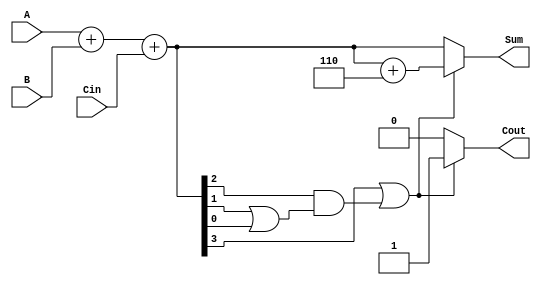
module BCD_Async_Adder (
    input [3:0] A,      // First BCD digit input
    input [3:0] B,      // Second BCD digit input
    input Cin,          // Carry input
    output reg [3:0] Sum, // BCD result of the addition
    output reg Cout      // Carry output
);

    wire [4:0] S; // 5-bit sum for A + B + Cin
    wire correction; // Signal to indicate if correction is needed

    // Compute the binary sum
    assign S = A + B + Cin;

    // Determine if correction is needed (S[3:0] > 9)
    assign correction = (S[3] || (S[2] && (S[1] || S[0])));

    always @(*) begin
        if (correction) begin
            // Apply BCD correction by adding 6 (0110)
            Sum = S[3:0] + 4'b0110;
            Cout = 1; // Set carry out if correction is applied
        end else begin
            Sum = S[3:0]; // No correction needed
            Cout = 0; // No carry out
        end
    end

endmodule